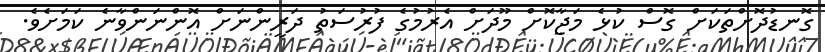
ގޮނޑުދޮށްތަކަށް ގޮސް ކުޅެ މަޖާކޮށް މޫދަށް އެރުމުގެ ފުރުސަތު ދަރީންނަށް އޮންނަންވާނެ ކަމަށެވެ.